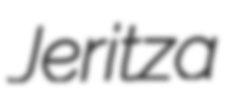
Jeritza